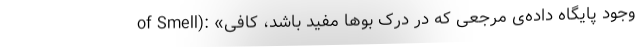
of Smell): «وجود پایگاه داده‌ی مرجعی که در درک بوها مفید باشد، کافی